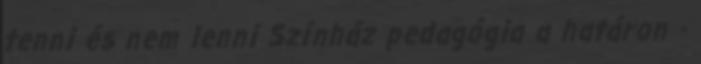
tenni és nem lenni Színház pedagógia a határon -